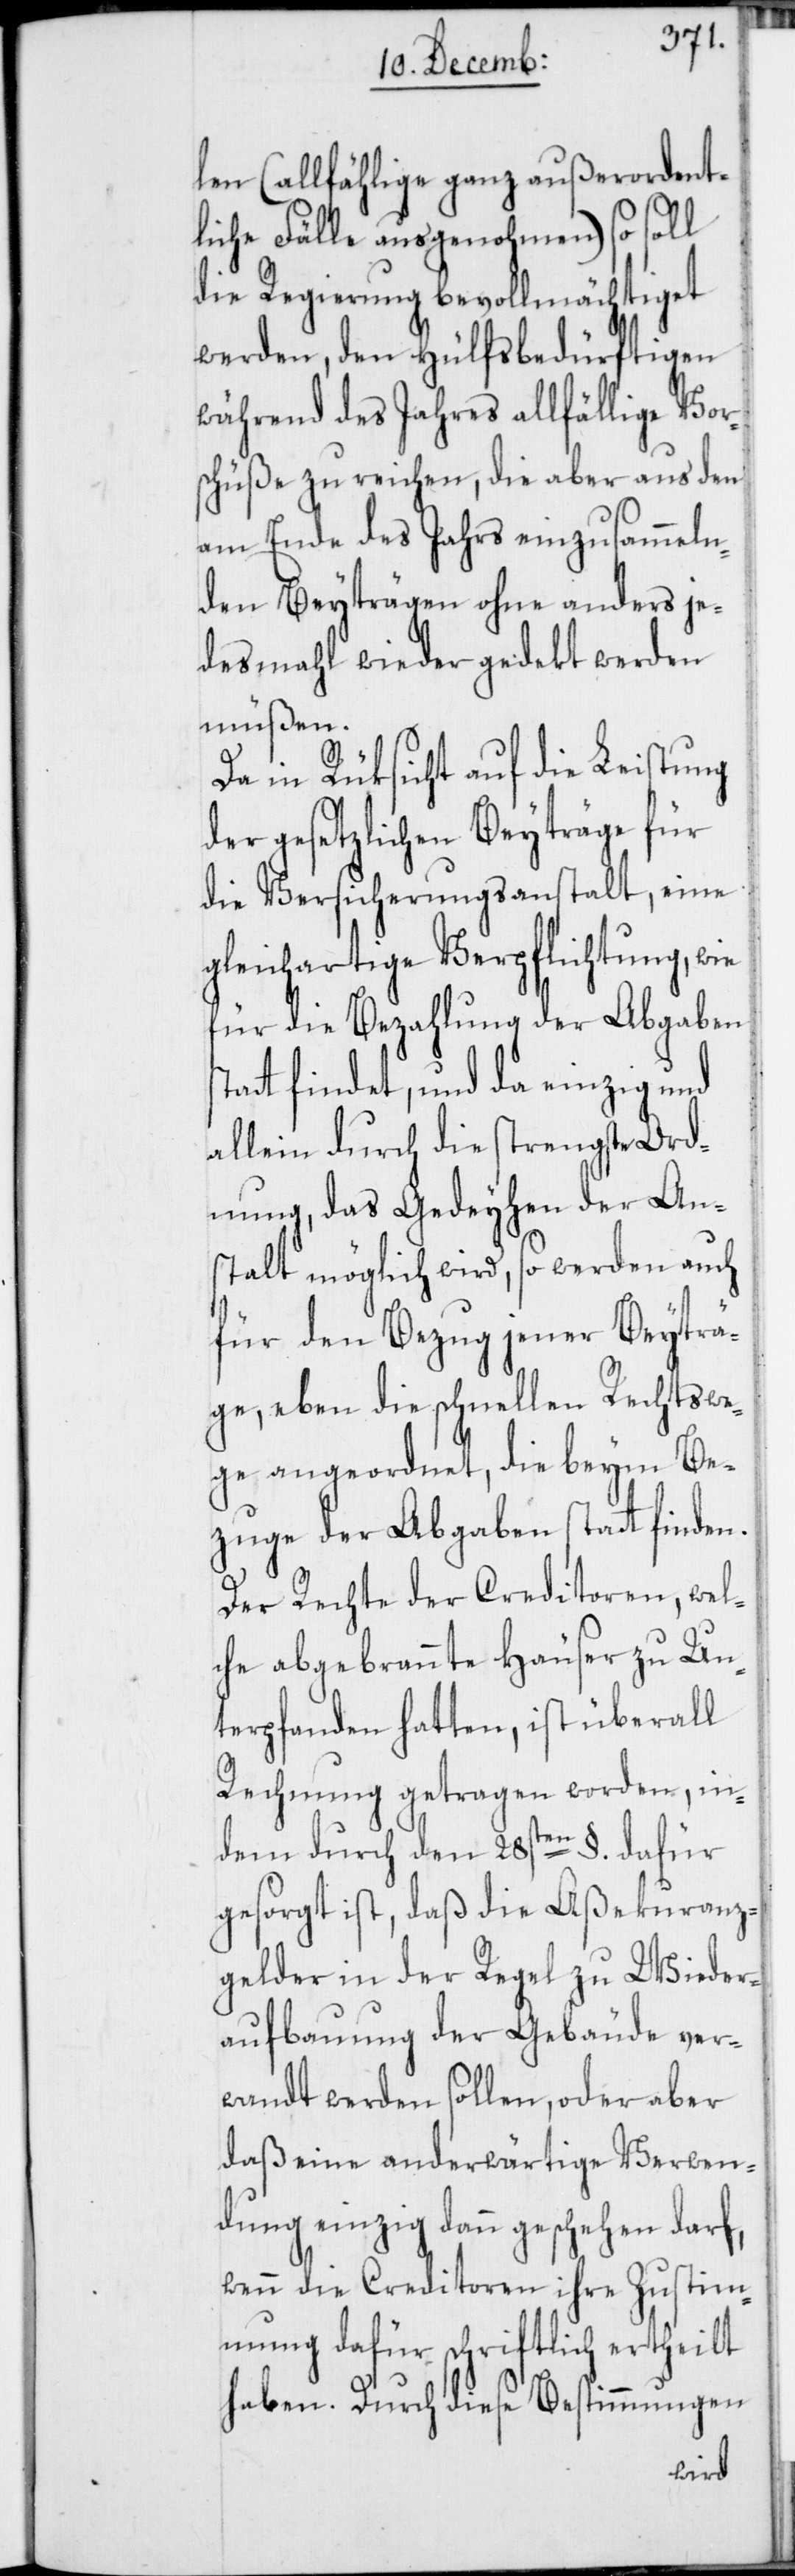
stat¬
len (allfählige ganz außerordent¬
liche Fälle ausgenohmen) so soll
die Regierung bevollmächtiget
werden, den Hülfsbedürftigen
während des Jahres allfällige Vor¬
schüße zu reichen, die aber aus den
am Ende des Jahrs einzusammeln¬
den Beyträgen ohne anders je¬
desmahl wieder gedekt werden
müßen.
Da in Rüksicht auf die Leistung
der gesetzlichen Beyträge für
die Versicherungsanstalt, eine
gleichartige Verpflichtung, wie
für die Bezahlung der Abgaben
t findet, und da einzig und
allein durch die strengste Ord¬
nung, das Gedeyhen der An¬
stalt möglich wird, so werden auch
für den Bezug jener Beyträ¬
ge, eben die schnellen Rechtswe¬
ge angeordnet, die beym Be¬
zuge der Abgaben statt finden.
Der Rechte der Creditoren, wel¬
che abgebrannte Häuser zu Un¬
terpfanden hatten, ist überall
Rechnung getragen worden, in¬
dem durch den 28sten §. dafür
gesorgt ist, daß die Aßecuranz¬
gelder in der Regel zu Wieder¬
aufbauung der Gebäude ver¬
wandt werden sollen, oder aber
daß eine anderwärtige Verwen¬
dung einzig dann geschehen darf,
wenn die Creditoren ihre Zustim¬
mung dafür schriftlich ertheilt
haben. Durch diese Bestimmungen